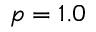
p = 1 . 0